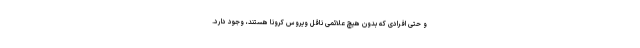
و حتی افرادی که بدون هیچ علائمی ناقل ویروس کرونا هستند، وجود دارد.